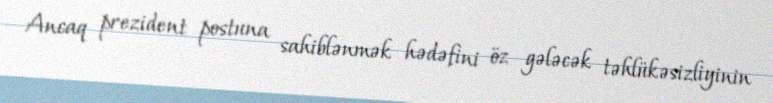
Ancaq prezident postuna sahiblənmək hədəfini öz gələcək təhlükəsizliyinin